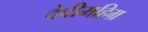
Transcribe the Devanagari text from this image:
देवीमहिम्र